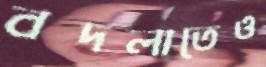
বদলাতেও